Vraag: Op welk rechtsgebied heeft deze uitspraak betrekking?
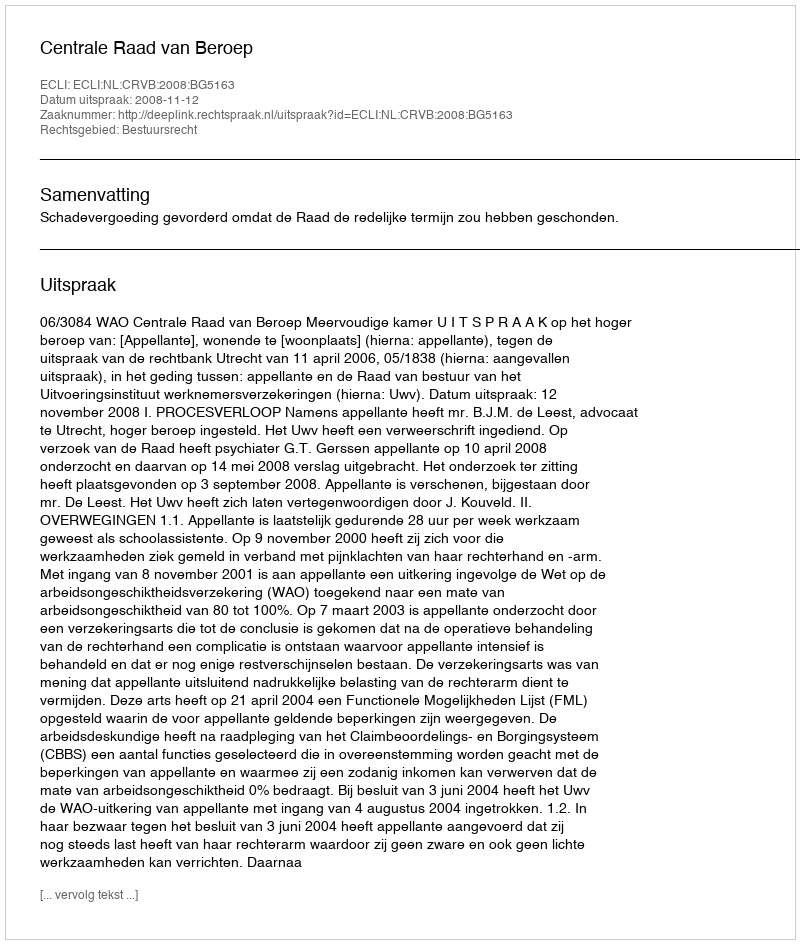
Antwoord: Bestuursrecht